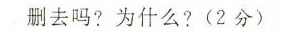
删去吗?为什么?(2分)